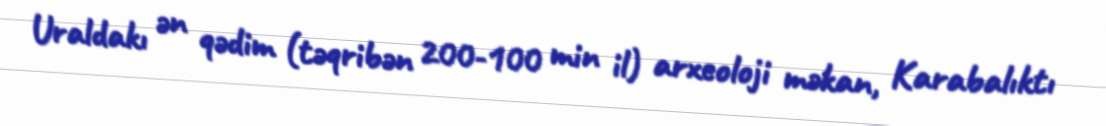
Uraldakı ən qədim (təqribən 200-100 min il) arxeoloji məkan, Karabalıktı